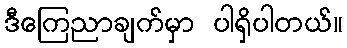
ဒီကြေညာချက်မှာ ပါရှိပါတယ်။